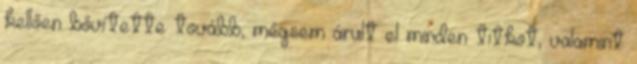
kellően bővítette tovább, mégsem árult el minden titkot, valamint